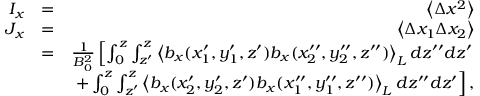
\begin{array} { r l r } { I _ { x } } & { = } & { \left\langle \Delta x ^ { 2 } \right\rangle } \\ { J _ { x } } & { = } & { \left\langle \Delta x _ { 1 } \Delta x _ { 2 } \right\rangle } \\ & { = } & { \frac { 1 } { B _ { 0 } ^ { 2 } } \left[ \int _ { 0 } ^ { z } \int _ { z ^ { \prime } } ^ { z } \left\langle b _ { x } ( x _ { 1 } ^ { \prime } , y _ { 1 } ^ { \prime } , z ^ { \prime } ) b _ { x } ( x _ { 2 } ^ { \prime \prime } , y _ { 2 } ^ { \prime \prime } , z ^ { \prime \prime } ) \right\rangle _ { L } d { z } ^ { \prime \prime } d { z } ^ { \prime } \right. } \\ & { } & { \left. + \int _ { 0 } ^ { z } \int _ { z ^ { \prime } } ^ { z } \left\langle b _ { x } ( x _ { 2 } ^ { \prime } , y _ { 2 } ^ { \prime } , z ^ { \prime } ) b _ { x } ( x _ { 1 } ^ { \prime \prime } , y _ { 1 } ^ { \prime \prime } , z ^ { \prime \prime } ) \right\rangle _ { L } d { z } ^ { \prime \prime } d { z } ^ { \prime } \right] , } \end{array}